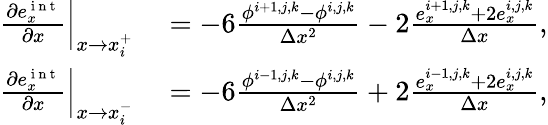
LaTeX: \begin{array}{rl}{\left.\frac{\partial e_{x}^{\mathrm{~i~n~t~}}}{\partial x}\right|_{x\to x_{i}^{+}}}&{{}=-6\frac{\phi^{i+1,j,k}-\phi^{i,j,k}}{\Delta x^{2}}-2\frac{e_{x}^{i+1,j,k}+2e_{x}^{i,j,k}}{\Delta x},}\\ {\left.\frac{\partial e_{x}^{\mathrm{~i~n~t~}}}{\partial x}\right|_{x\to x_{i}^{-}}}&{{}=-6\frac{\phi^{i-1,j,k}-\phi^{i,j,k}}{\Delta x^{2}}+2\frac{e_{x}^{i-1,j,k}+2e_{x}^{i,j,k}}{\Delta x},}\end{array}